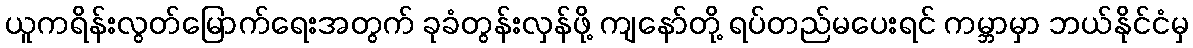
ယူကရိန်းလွတ်မြောက်ရေးအတွက် ခုခံတွန်းလှန်ဖို့ ကျနော်တို့ ရပ်တည်မပေးရင် ကမ္ဘာမှာ ဘယ်နိုင်ငံမှ